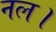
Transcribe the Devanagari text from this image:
नल।